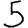
Digit: 5